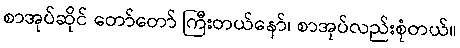
စာအုပ်ဆိုင် တော်တော် ကြီးတယ်နော်၊ စာအုပ်လည်းစုံတယ်။